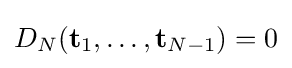
D_{N}({\mathbf {t} }_{1},\dots ,{\mathbf {t} }_{N-1})=0